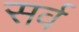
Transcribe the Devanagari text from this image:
सर्व